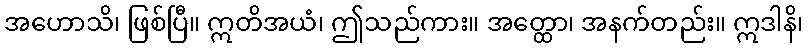
အဟောသိ၊ ဖြစ်ပြီ။ ဣတိအယံ၊ ဤသည်ကား။ အတ္ထော၊ အနက်တည်း။ ဣဒါနိ၊